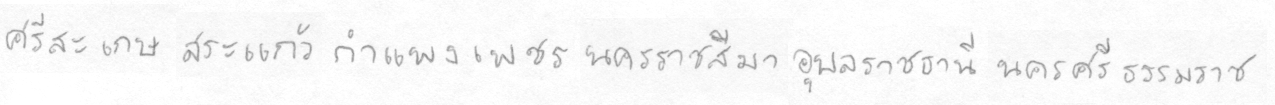
ศรีสะเกษสระแก้วกำแพงเพชรนครราชสีมาอุลราชธานีนครศรีธรรมราช